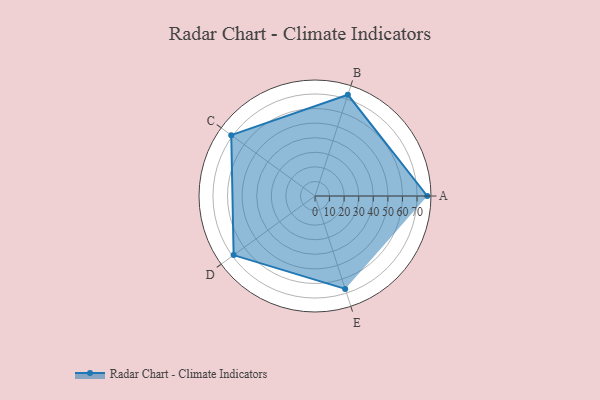
{"axis": {"x": "Skill", "y": "Score"}, "legend": ["Profile"], "data": [{"x": "A", "y": 77.0, "type": "Profile"}, {"x": "B", "y": 73.0, "type": "Profile"}, {"x": "C", "y": 71.0, "type": "Profile"}, {"x": "D", "y": 69.0, "type": "Profile"}, {"x": "E", "y": 67.0, "type": "Profile"}]}